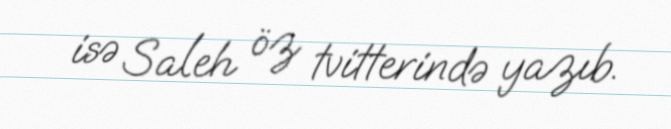
isə Saleh öz tvitterində yazıb.